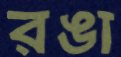
রঙা